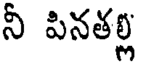
నీ పినతల్ల